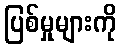
ပြစ်မှုများကို